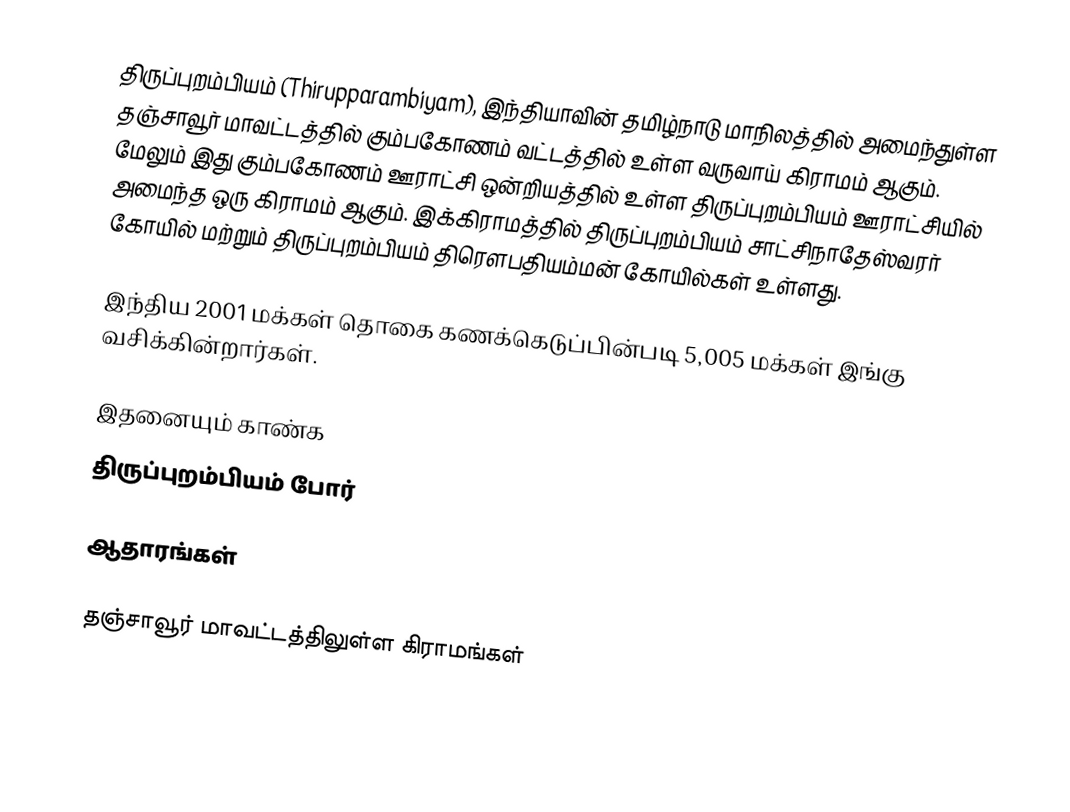
திருப்புறம்பியம்  (Thirupparambiyam), இந்தியாவின் தமிழ்நாடு மாநிலத்தில் அமைந்துள்ள தஞ்சாவூர் மாவட்டத்தில்  கும்பகோணம் வட்டத்தில் உள்ள வருவாய் கிராமம் ஆகும். மேலும் இது கும்பகோணம் ஊராட்சி ஒன்றியத்தில் உள்ள திருப்புறம்பியம் ஊராட்சியில் அமைந்த ஒரு கிராமம் ஆகும். இக்கிராமத்தில் திருப்புறம்பியம் சாட்சிநாதேஸ்வரர் கோயில் மற்றும் திருப்புறம்பியம் திரௌபதியம்மன் கோயில்கள் உள்ளது.

இந்திய 2001 மக்கள் தொகை கணக்கெடுப்பின்படி 5,005 மக்கள் இங்கு வசிக்கின்றார்கள்.

இதனையும் காண்க
 திருப்புறம்பியம் போர்

ஆதாரங்கள்

தஞ்சாவூர் மாவட்டத்திலுள்ள கிராமங்கள்